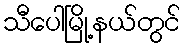
သီပေါမြို့နယ်တွင်